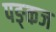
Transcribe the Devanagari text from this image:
पङ्कज